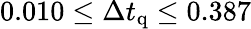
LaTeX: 0.010\leq\Delta t_{\mathrm{q}}\leq 0.387